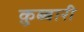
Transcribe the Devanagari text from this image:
क़ुब्बारी